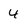
Character: 4